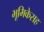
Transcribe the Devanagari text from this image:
भूमिकेसह